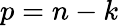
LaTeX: p=n-k